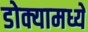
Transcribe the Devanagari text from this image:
डोक्यामध्ये